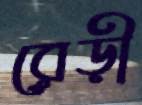
রেড়ী